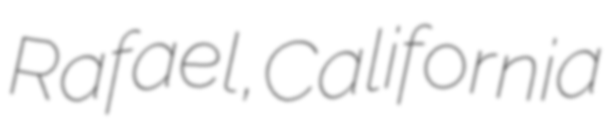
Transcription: Rafael, California